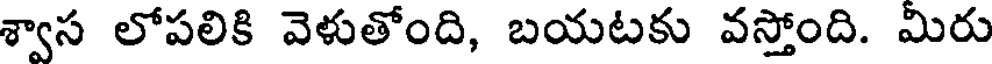
శ్వాస లోపలికి వెళుతోంది, బయటకు వస్తోంది. మిరు